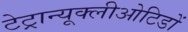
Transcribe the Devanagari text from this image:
टेट्रान्यूक्लीओटिडों